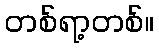
တစ်ရာ့တစ်။